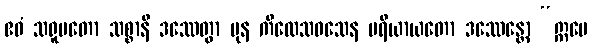
ဧဝံ သရူပတော သစ္စာနိ ဒဿေတွာ ပုန ကိလေသဝသေန ပရိယာယတော ဒဿေန္တော “ဣမေ